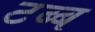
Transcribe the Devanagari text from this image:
टब्ब